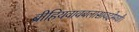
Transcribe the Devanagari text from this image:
ब्रीहियवावबलासावदोमधौ।